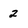
Character: 2